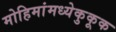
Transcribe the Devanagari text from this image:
मोहिमांमध्येकुकूक